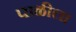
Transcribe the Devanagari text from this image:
पाळीला